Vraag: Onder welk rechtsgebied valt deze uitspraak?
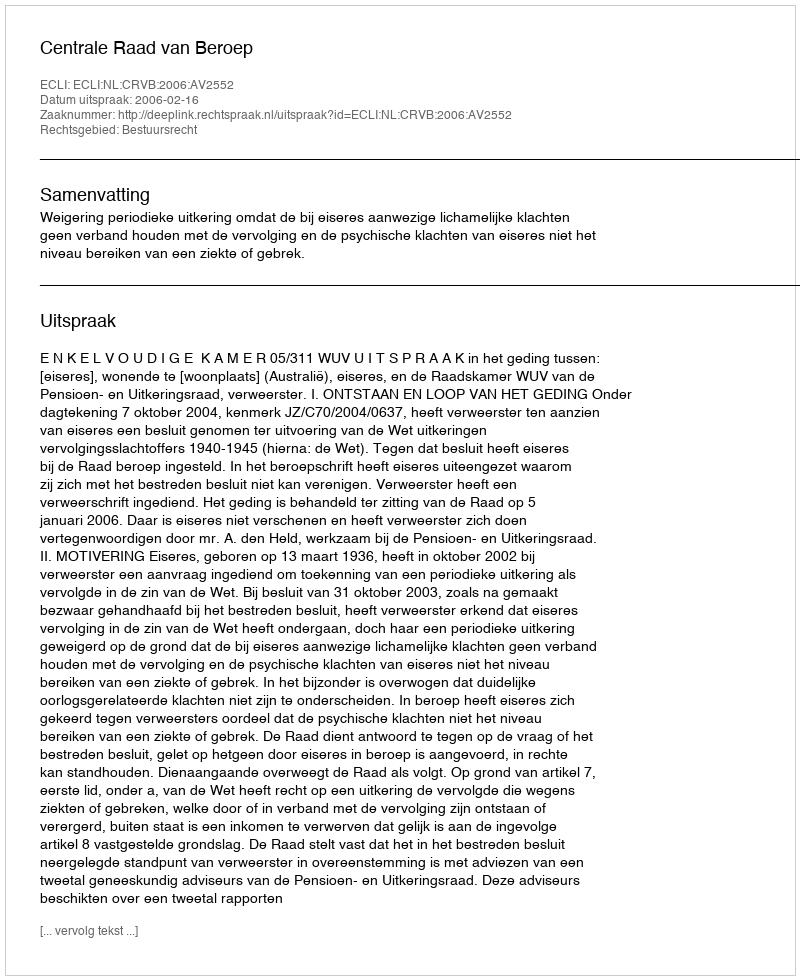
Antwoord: Bestuursrecht